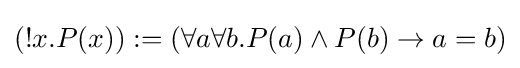
(!x.P(x)):=(\forall a\forall b.P(a)\land P(b)\rightarrow a=b)